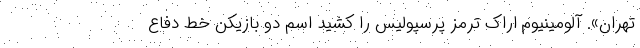
تهران». آلومینیوم اراک ترمز پرسپولیس را کشید اسم دو بازیکن خط دفاع